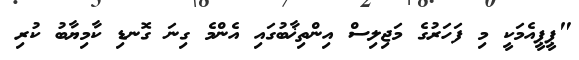
"ޕީޕީއެމަކީ މި ފަހަރުގެ މަޖިލިސް އިންތިޚާބުގައި އެންމެ ގިނަ ގޮނޑި ކާމިޔާބު ކުރި